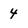
Character: 4